Sketch of the medical history of the native army of Bombay, for the year
Year: 1876
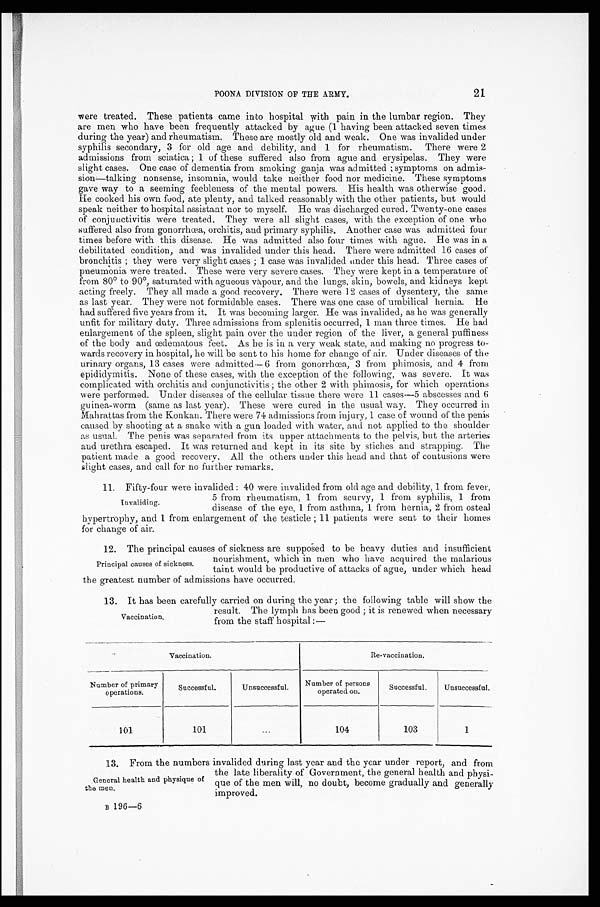
21
POONA DIVISION OF THE ARMY.
were treated. These patients came into hospital with pain in the lumbar region. They
are men who have been frequently attacked by ague (1 having been attacked seven times
during the year) and rheumatism. These are mostly old and weak. One was invalided under
syphilis secondary, 3 for old age and debility, and 1 for rheumatism. There were 2
admissions from sciatica ; 1 of these suffered also from ague and erysipelas. They were
slight cases. One case of dementia from smoking ganja was admitted ; symptoms on admis-
sion—talking nonsense, insomnia, would take neither food nor medicine. These symptoms
gave way to a seeming feebleness of the mental powers. His health was otherwise good.
He cooked his own food, ate plenty, and talked reasonably with the other patients, but would
speak neither to hospital assistant nor to myself. He was discharged cured. Twenty-one cases
of conjunctivitis were treated. They were all slight cases, with the exception of one who
suffered also from gonorrhœa, orchitis, and primary syphilis. Another case was admitted four
times before with this disease. He was admitted also four times with ague. He was in a
debilitated condition, and was invalided under this head. There were admitted 16 cases of
bronchitis ; they were very slight cases ; 1 case was invalided under this head. Three cases of
pneumonia were treated. These were very severe cases. They were kept in a temperature of
from 80˚ to 90˚, saturated with agueous vapour, and the lungs, skin, bowels, and kidneys kept
acting freely. They all made a good recovery. There were 12 cases of dysentery, the same
as last year. They were not formidable cases. There was one case of umbilical hernia. He
had suffered five years from it. It was becoming larger. He was invalided, as he was generally
unfit for military duty. Three admissions from splenitis occurred, 1 man three times. He had
enlargement of the spleen, slight pain over the under region of the liver, a general puffiness
of the body and œdematous feet. As he is in a very weak state, and making no progress to
wards recovery in hospital, he will be sent to his home for change of air. Under diseases of the
urinary organs, 13 cases were admitted—6 from gonorrhœa, 3 from phimosis, and 4 from
epididymitis. None of these cases, with the exception of the following, was severe. It was
complicated with orchitis and conjunctivitis ; the other 2 with phimosis, for which operations
were performed. Under diseases of the cellular tissue there were 11 cases—5 abscesses and 6
guinea-worm (same as last year). These were cured in the usual way. They occurred in
Mahrattas from the Konkan. There were 74 admissions from injury, 1 case of wound of the penis
caused by shooting at a snake with a gun loaded with water, and not applied to the shoulder
as usual. The penis was separated from its upper attachments to the pelvis, but the arteries
and urethra escaped. It was returned and kept in its site by stiches and strapping. The
patient made a good recovery. All the others under this head and that of contusions were
slight cases, and call for no further remarks.
11.
Fifty-four were invalided : 40 were invalided from old age and debility, 1 from fever,
5 from rheumatism, 1 from scurvy, 1 from syphilis, 1 from
disease of the eye, 1 from asthma, 1 from hernia, 2 from osteal
hypertrophy, and 1 from enlargement of the testicle ; 11 patients were sent to their homes
for change of air.
12.
The principal causes of sickness are supposed to be heavy duties and insufficient
nourishment, which in men who have acquired the malarious
taint would be productive of attacks of ague, under which head
the greatest number of admissions have occurred.
13.
It has been carefully carried on during the year ; the following table will show the
result. The lymph has been good ; it is renewed when necessary
from the staff hospital :—
Vaccination.
Re-vaccination.
N u m b e r o f p r i m a r y o p e r a t i o n s .
Successful.
Unsuccessful.
Number of persons
operated on.
Successful.
Unsuccessful.
101
1 0 1
...
104
103
1
13. From the numbers invalided during last year and the year under report, and from
the late liberality of Government, the general health and physi-
que of the men will, no doubt, become gradually and generally
improved.
B
1 9 6 — 6
Invaliding.
Principal causes of sickness.
Vaccination.
General health and physique of
the men.